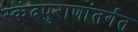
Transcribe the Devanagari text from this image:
स्कंदपुराणांतर्गत